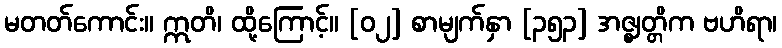
မတတ်ကောင်း။ ဣတိ၊ ထို့ကြောင့်။ [၀၂] စာမျက်နှာ [၃၅၃] အဇ္ဈတ္တိက ဗဟိရာ၊